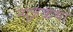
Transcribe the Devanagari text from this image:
न्यूज़कथा